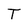
Character: T